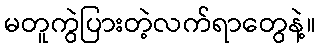
မတူကွဲပြားတဲ့လက်ရာတွေနဲ့။